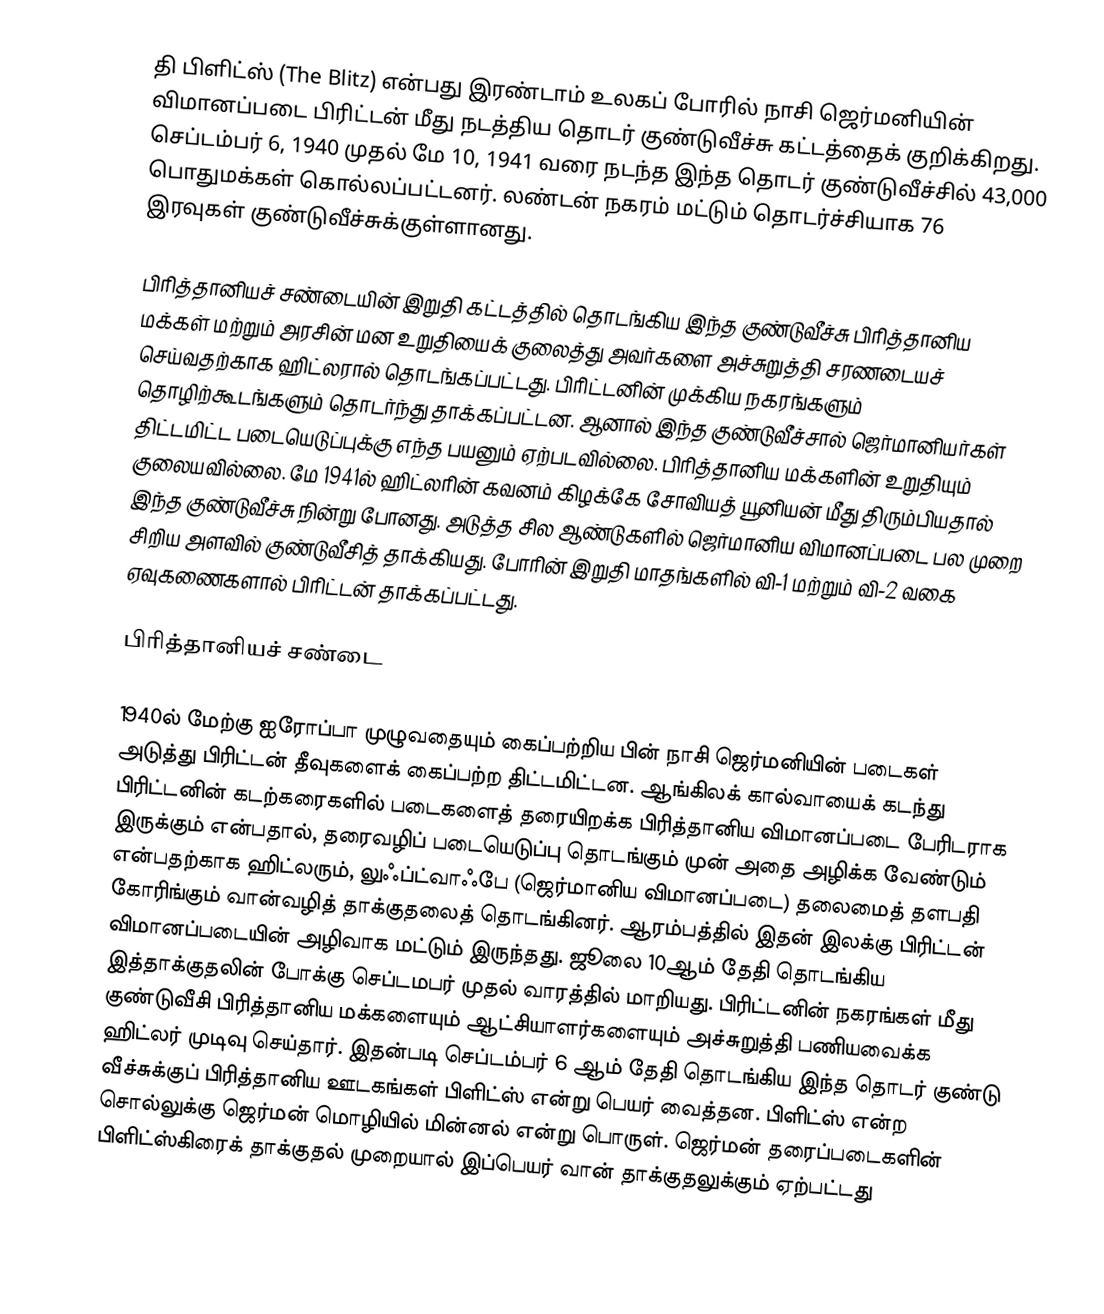
தி பிளிட்ஸ் (The Blitz) என்பது இரண்டாம் உலகப் போரில் நாசி ஜெர்மனியின் விமானப்படை பிரிட்டன் மீது நடத்திய தொடர் குண்டுவீச்சு கட்டத்தைக் குறிக்கிறது. செப்டம்பர் 6, 1940 முதல் மே 10, 1941 வரை நடந்த இந்த தொடர் குண்டுவீச்சில் 43,000 பொதுமக்கள் கொல்லப்பட்டனர். லண்டன் நகரம் மட்டும் தொடர்ச்சியாக 76 இரவுகள் குண்டுவீச்சுக்குள்ளானது.

பிரித்தானியச் சண்டையின் இறுதி கட்டத்தில் தொடங்கிய இந்த குண்டுவீச்சு பிரித்தானிய மக்கள் மற்றும் அரசின் மன உறுதியைக் குலைத்து அவர்களை அச்சுறுத்தி சரணடையச் செய்வதற்காக ஹிட்லரால் தொடங்கப்பட்டது. பிரிட்டனின் முக்கிய நகரங்களும் தொழிற்கூடங்களும் தொடர்ந்து தாக்கப்பட்டன. ஆனால் இந்த குண்டுவீச்சால் ஜெர்மானியர்கள் திட்டமிட்ட படையெடுப்புக்கு எந்த பயனும் ஏற்படவில்லை. பிரித்தானிய மக்களின் உறுதியும் குலையவில்லை. மே 1941ல் ஹிட்லரின் கவனம் கிழக்கே சோவியத் யூனியன் மீது திரும்பியதால் இந்த குண்டுவீச்சு நின்று போனது. அடுத்த சில ஆண்டுகளில் ஜெர்மானிய விமானப்படை பல முறை சிறிய அளவில் குண்டுவீசித் தாக்கியது. போரின் இறுதி மாதங்களில் வி-1 மற்றும் வி-2 வகை ஏவுகணைகளால் பிரிட்டன் தாக்கப்பட்டது.

பிரித்தானியச் சண்டை

1940ல் மேற்கு ஐரோப்பா முழுவதையும் கைப்பற்றிய பின் நாசி ஜெர்மனியின் படைகள் அடுத்து பிரிட்டன் தீவுகளைக் கைப்பற்ற திட்டமிட்டன. ஆங்கிலக் கால்வாயைக் கடந்து பிரிட்டனின் கடற்கரைகளில் படைகளைத் தரையிறக்க பிரித்தானிய விமானப்படை பேரிடராக இருக்கும் என்பதால், தரைவழிப் படையெடுப்பு தொடங்கும் முன் அதை அழிக்க வேண்டும் என்பதற்காக ஹிட்லரும், லுஃப்ட்வாஃபே  (ஜெர்மானிய விமானப்படை) தலைமைத் தளபதி கோரிங்கும் வான்வழித் தாக்குதலைத் தொடங்கினர். ஆரம்பத்தில் இதன் இலக்கு பிரிட்டன் விமானப்படையின் அழிவாக மட்டும் இருந்தது. ஜூலை 10ஆம் தேதி தொடங்கிய இத்தாக்குதலின் போக்கு செப்டமபர் முதல் வாரத்தில் மாறியது. பிரிட்டனின் நகரங்கள் மீது குண்டுவீசி பிரித்தானிய மக்களையும் ஆட்சியாளர்களையும் அச்சுறுத்தி பணியவைக்க ஹிட்லர் முடிவு செய்தார். இதன்படி செப்டம்பர் 6 ஆம் தேதி தொடங்கிய இந்த தொடர் குண்டு வீச்சுக்குப் பிரித்தானிய ஊடகங்கள் பிளிட்ஸ் என்று பெயர் வைத்தன. பிளிட்ஸ் என்ற சொல்லுக்கு ஜெர்மன் மொழியில் மின்னல் என்று பொருள். ஜெர்மன் தரைப்படைகளின் பிளிட்ஸ்கிரைக் தாக்குதல் முறையால் இப்பெயர் வான் தாக்குதலுக்கும் ஏற்பட்டது